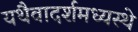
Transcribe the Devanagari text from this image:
यथैवादर्शमध्यस्थे